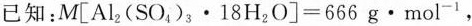
已知：$$M[Al _ { 2}(SO _ { 4}) _ { 3} \times 18H _ { 2}O]=666g·mol ^ { -1}$$，